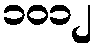
၁၀၁၂